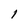
Character: 1